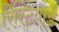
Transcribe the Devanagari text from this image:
रिस्टियार्ड